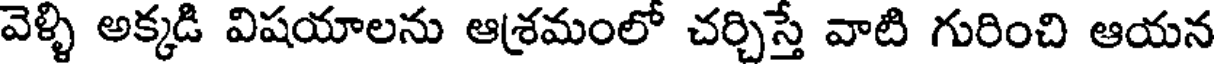
వెళ్ళి అక్కడి విషయాలను ఆశ్రమంలో చర్చిస్తే వాటి గురించి ఆయన